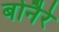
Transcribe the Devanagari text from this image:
बोनैरे